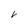
Character: V